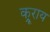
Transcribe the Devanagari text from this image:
क्रूराय